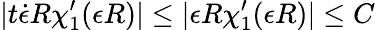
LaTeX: |t\dot{\epsilon}R\chi_{1}^{\prime}(\epsilon R)|\le|\epsilon R\chi_{1}^{\prime}(\epsilon R)|\le C